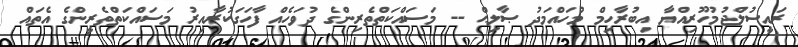
ރައީސުލްޖުމުހޫރިއްޔާ އިބުރާހިމް މުހައްމަދު ޞާލިޙް -- މަސައްކަތްތެރިންގެ ދުވަހެއް ފާހަގަކުރާއިރު މަސައްކަތްތެރީންގެ އެތައް